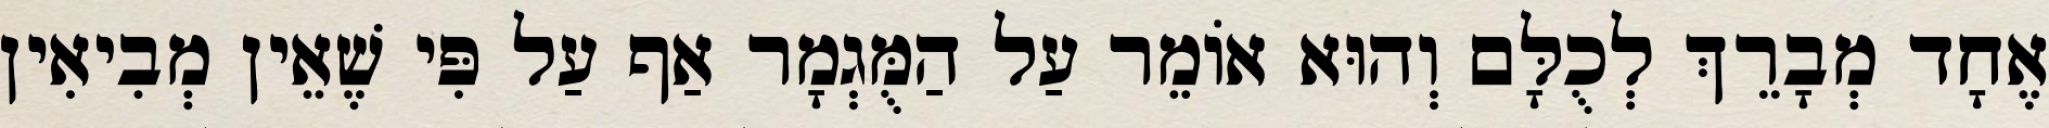
אֶחָד מְבָרֵךְ לְכֻלָּם וְהוּא אוֹמֵר עַל הַמֻּגְמָר אַף עַל פִּי שֶׁאֵין מְבִיאִין